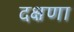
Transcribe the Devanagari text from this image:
दक्षणा